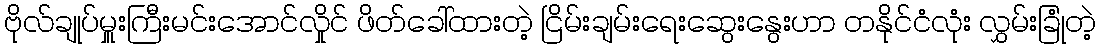
ဗိုလ်ချုပ်မှူးကြီးမင်းအောင်လှိုင် ဖိတ်ခေါ်ထားတဲ့ ငြိမ်းချမ်းရေးဆွေးနွေးဟာ တနိုင်ငံလုံး လွှမ်းခြုံတဲ့